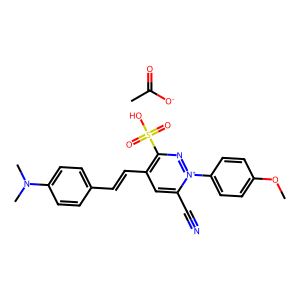
SMILES: CC(=O)[O-].COc1ccc(-[n+]2nc(S(=O)(=O)O)c(C=Cc3ccc(N(C)C)cc3)cc2C#N)cc1
Inhibits HIV replication: No